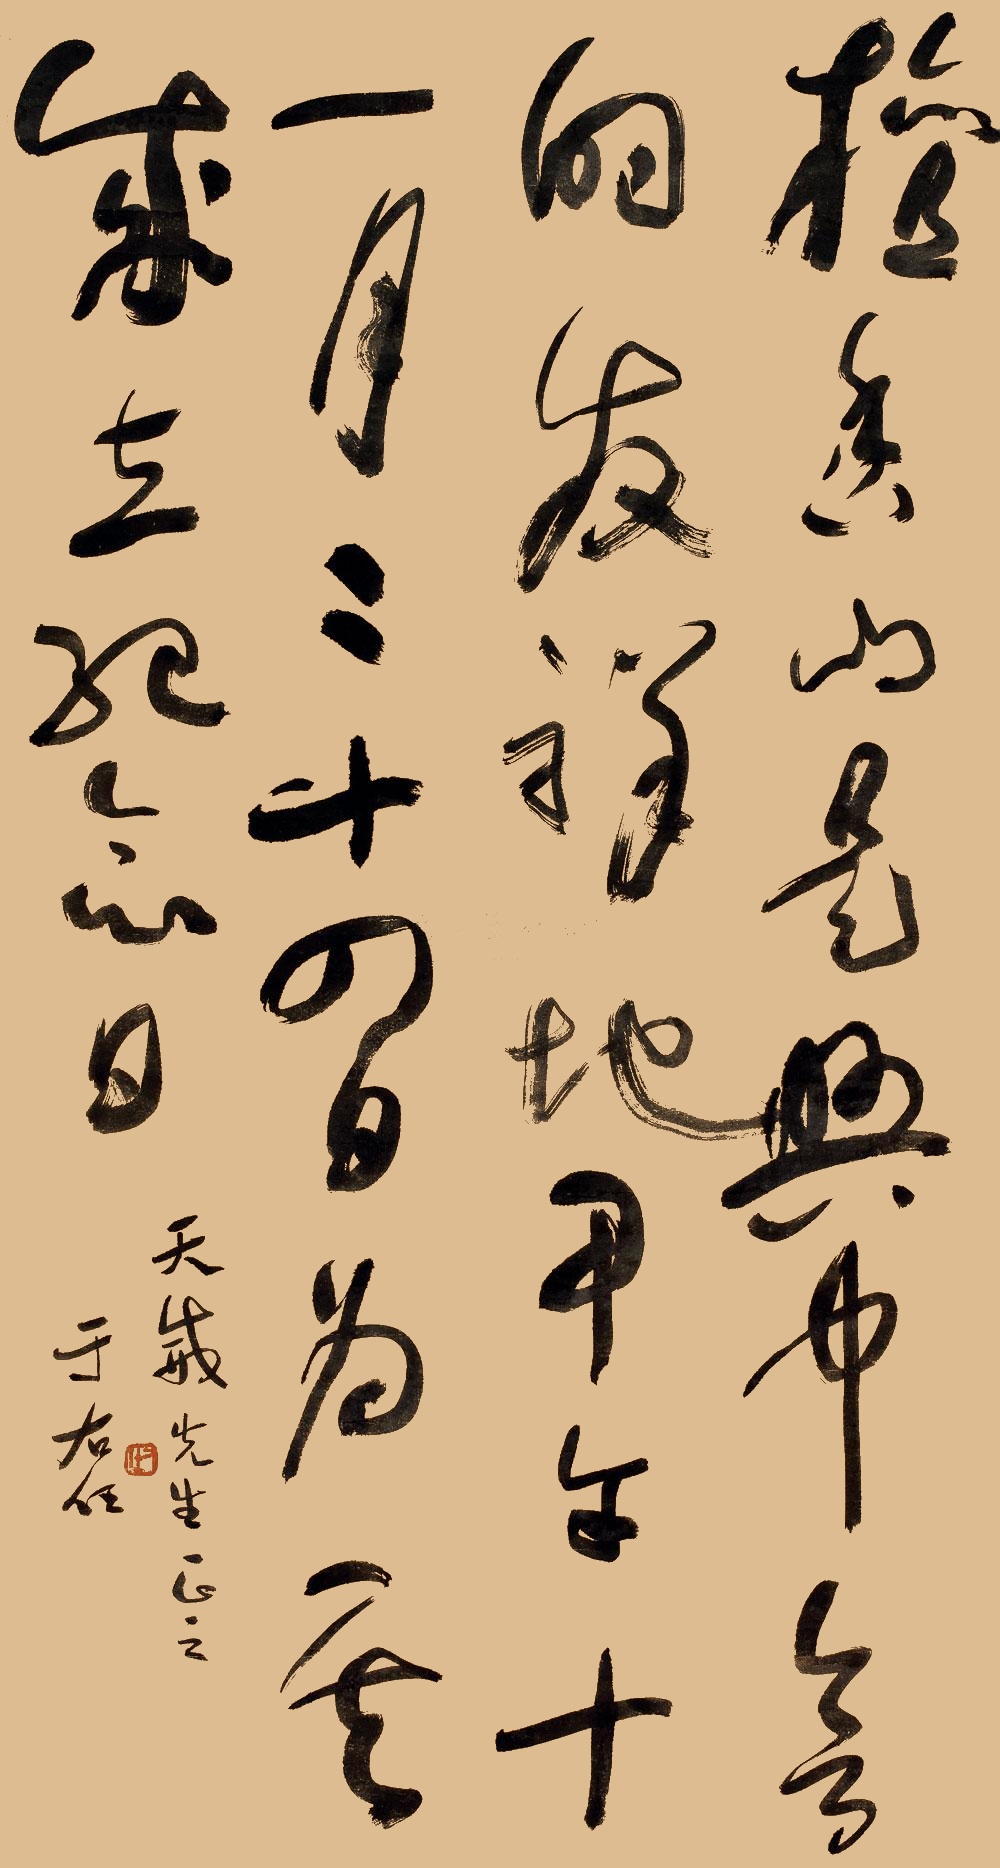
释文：檀香山是兴中会的发祥地，甲午十一月二十四日为其成立纪念日。天威先生正之，于右任。